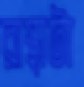
রাস্থাটা